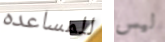
للمساعده ليس